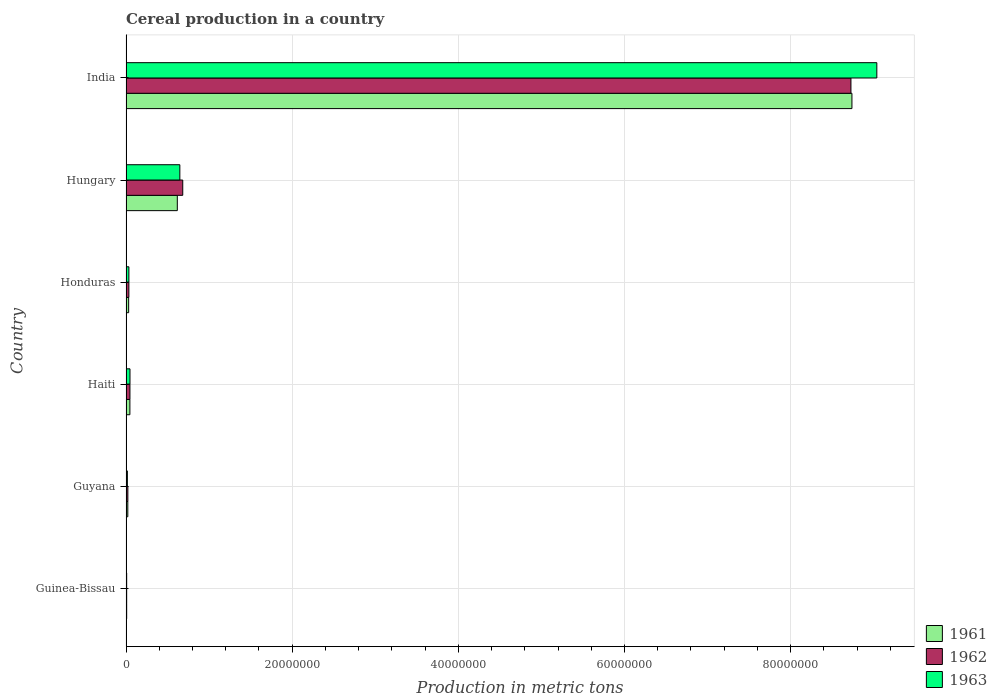
| Country | 1961 | 1962 | 1963 |
 | --- | --- | --- | --- |
 | Guinea-Bissau | 7.9e+04 | 7.95e+04 | 8e+04 |
 | Guyana | 2.16e+05 | 2.22e+05 | 1.64e+05 |
 | Haiti | 4.66e+05 | 4.72e+05 | 4.78e+05 |
 | Honduras | 3.18e+05 | 3.44e+05 | 3.47e+05 |
 | Hungary | 6.17e+06 | 6.83e+06 | 6.48e+06 |
 | India | 8.74e+07 | 8.73e+07 | 9.04e+07 |